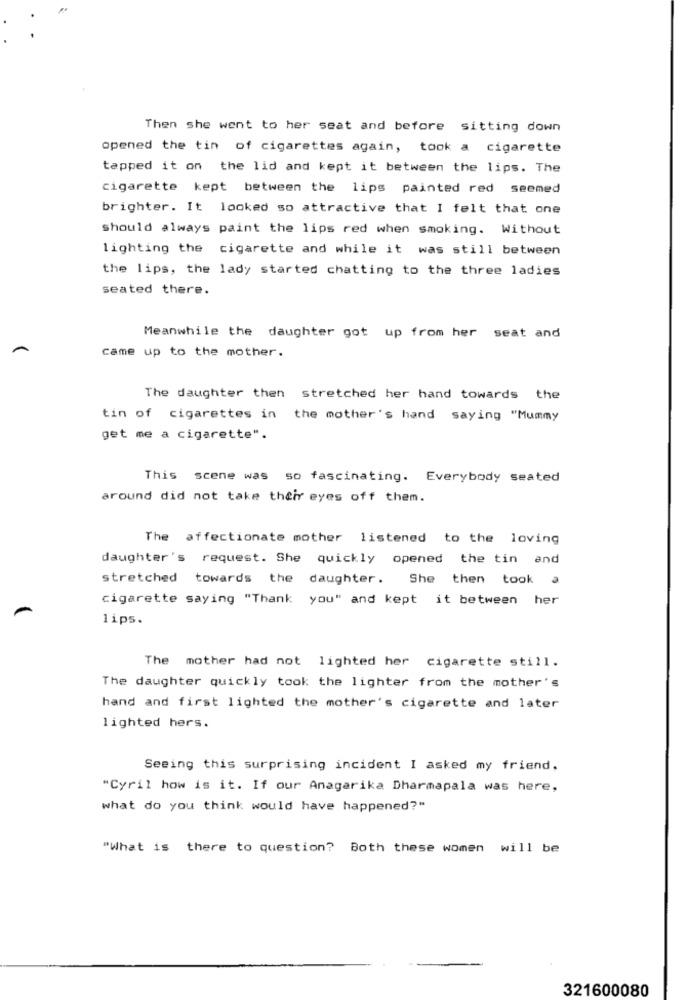
Then she went to her seat and before sitting down
opened the tin of cigarettes again, took a cigarette
tapped it on the lid and kept it between the lips. The
cigarette kept between the lips painted red seemed
brighter. It looked so attractive that I felt that one
should always paint the lips red when smoking. Without
lighting the cigarette and while it was still between
the lips, the lady started chatting to the three ladies
seated there.
Meanwhile the daughter got up from her seat and
Came up to the mother.
The daughter then stretched her hand towards the
tin of cigarettes in the mother's hand saying "Mummy
get me a cigarette".
This scene was so fascinating. Everybody seated
around did not take their eyes off them.
The affectionate mother listened to the loving
daughter's request. She quickly opened the tin and
stretched towards the daughter. She then took a
cigarette saying "Thank you" and kept it between her
lips.
The mother had not lighted her cigarette still.
The daughter quickly took the lighter from the mother's
hand and first lighted the mother's cigarette and later
lighted hers.
Seeing this surprising incident I asked my friend.
"Cyril how is it. If our Anagarika Dharmapala was here,
what do you think would have happened?"
"What is there to question? Both these women will be
321600080